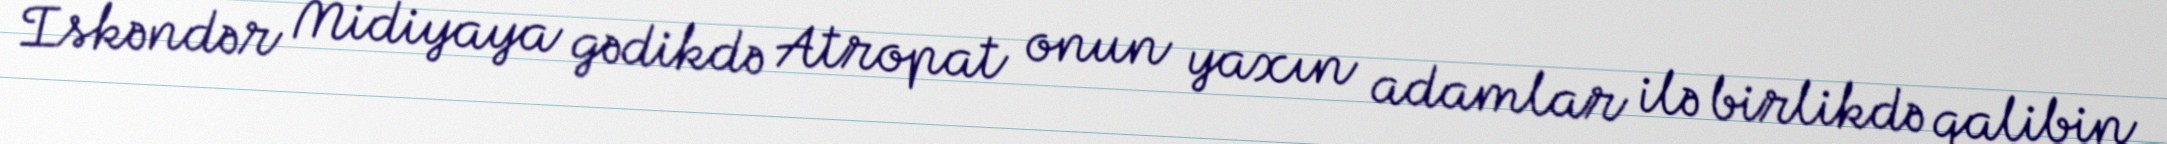
İskəndər Midiyaya gədikdə Atropat onun yaxın adamlar ilə birlikdə qalibin